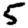
Digit: 5